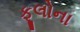
ફૂલોના